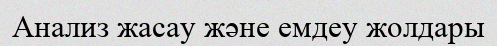
Анализ жасау және емдеу жолдары